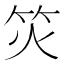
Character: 𬔲